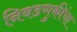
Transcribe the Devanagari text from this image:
निवडणुकींचा